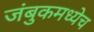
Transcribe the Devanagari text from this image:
जंबुकमध्येच